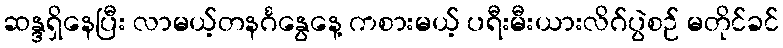
ဆန္ဒရှိနေပြီး လာမယ့်တနင်္ဂနွေနေ့ ကစားမယ့် ပရီးမီးယားလိဂ်ပွဲစဉ် မတိုင်ခင်